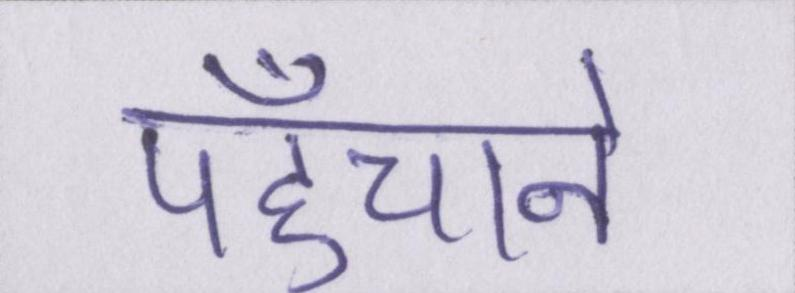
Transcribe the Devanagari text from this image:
पहुँचाने